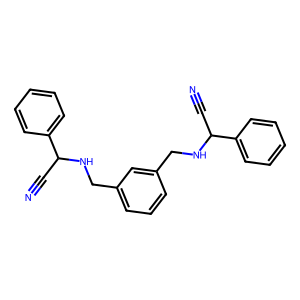
SMILES: N#CC(NCc1cccc(CNC(C#N)c2ccccc2)c1)c1ccccc1
Inhibits HIV replication: No